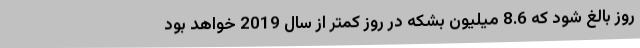
روز بالغ شود که 8.6 میلیون بشکه در روز کمتر از سال 2019 خواهد بود